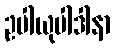
ဥပါယုပါဒါနာ